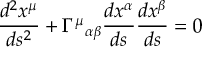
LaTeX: { \frac { d ^ { 2 } x ^ { \mu } } { d s ^ { 2 } } } + \Gamma ^ { \mu } { } _ { \alpha \beta } { \frac { d x ^ { \alpha } } { d s } } { \frac { d x ^ { \beta } } { d s } } = 0